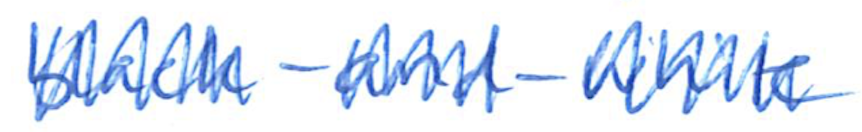
Text: black-and-white
Cross-out: zig-zag
Writing tool: ballpoint